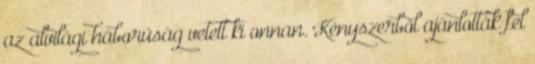
az alvilági háborúság vetett ki onnan. Kényszerből ajánlották fel